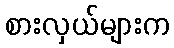
စားလှယ်များက